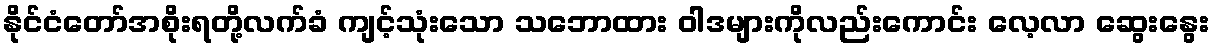
နိုင်ငံတော်အစိုးရတို့လက်ခံ ကျင့်သုံးသော သဘောထား ဝါဒများကိုလည်းကောင်း လေ့လာ ဆွေးနွေး